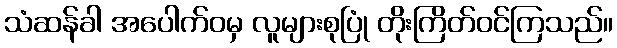
သံဆန်ခါ အပေါက်ဝမှ လူများစုပြုံ တိုးကြိတ်ဝင်ကြသည်။